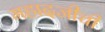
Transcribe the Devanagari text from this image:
महादजीची